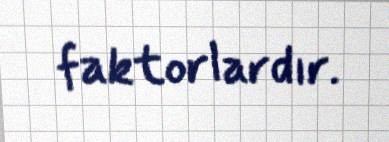
faktorlardır.